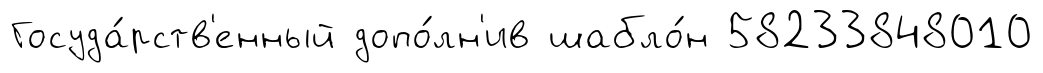
Госуда́рств'енный допо́лн'ив шабло́н 58233848010